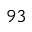
^ { 9 3 }